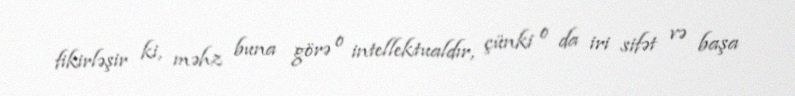
fikirləşir ki, məhz buna görə o intellektualdır, çünki o da iri sifət və başa